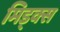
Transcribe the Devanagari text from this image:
मिड्क्स